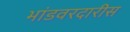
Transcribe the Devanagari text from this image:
भांडवरदारीस